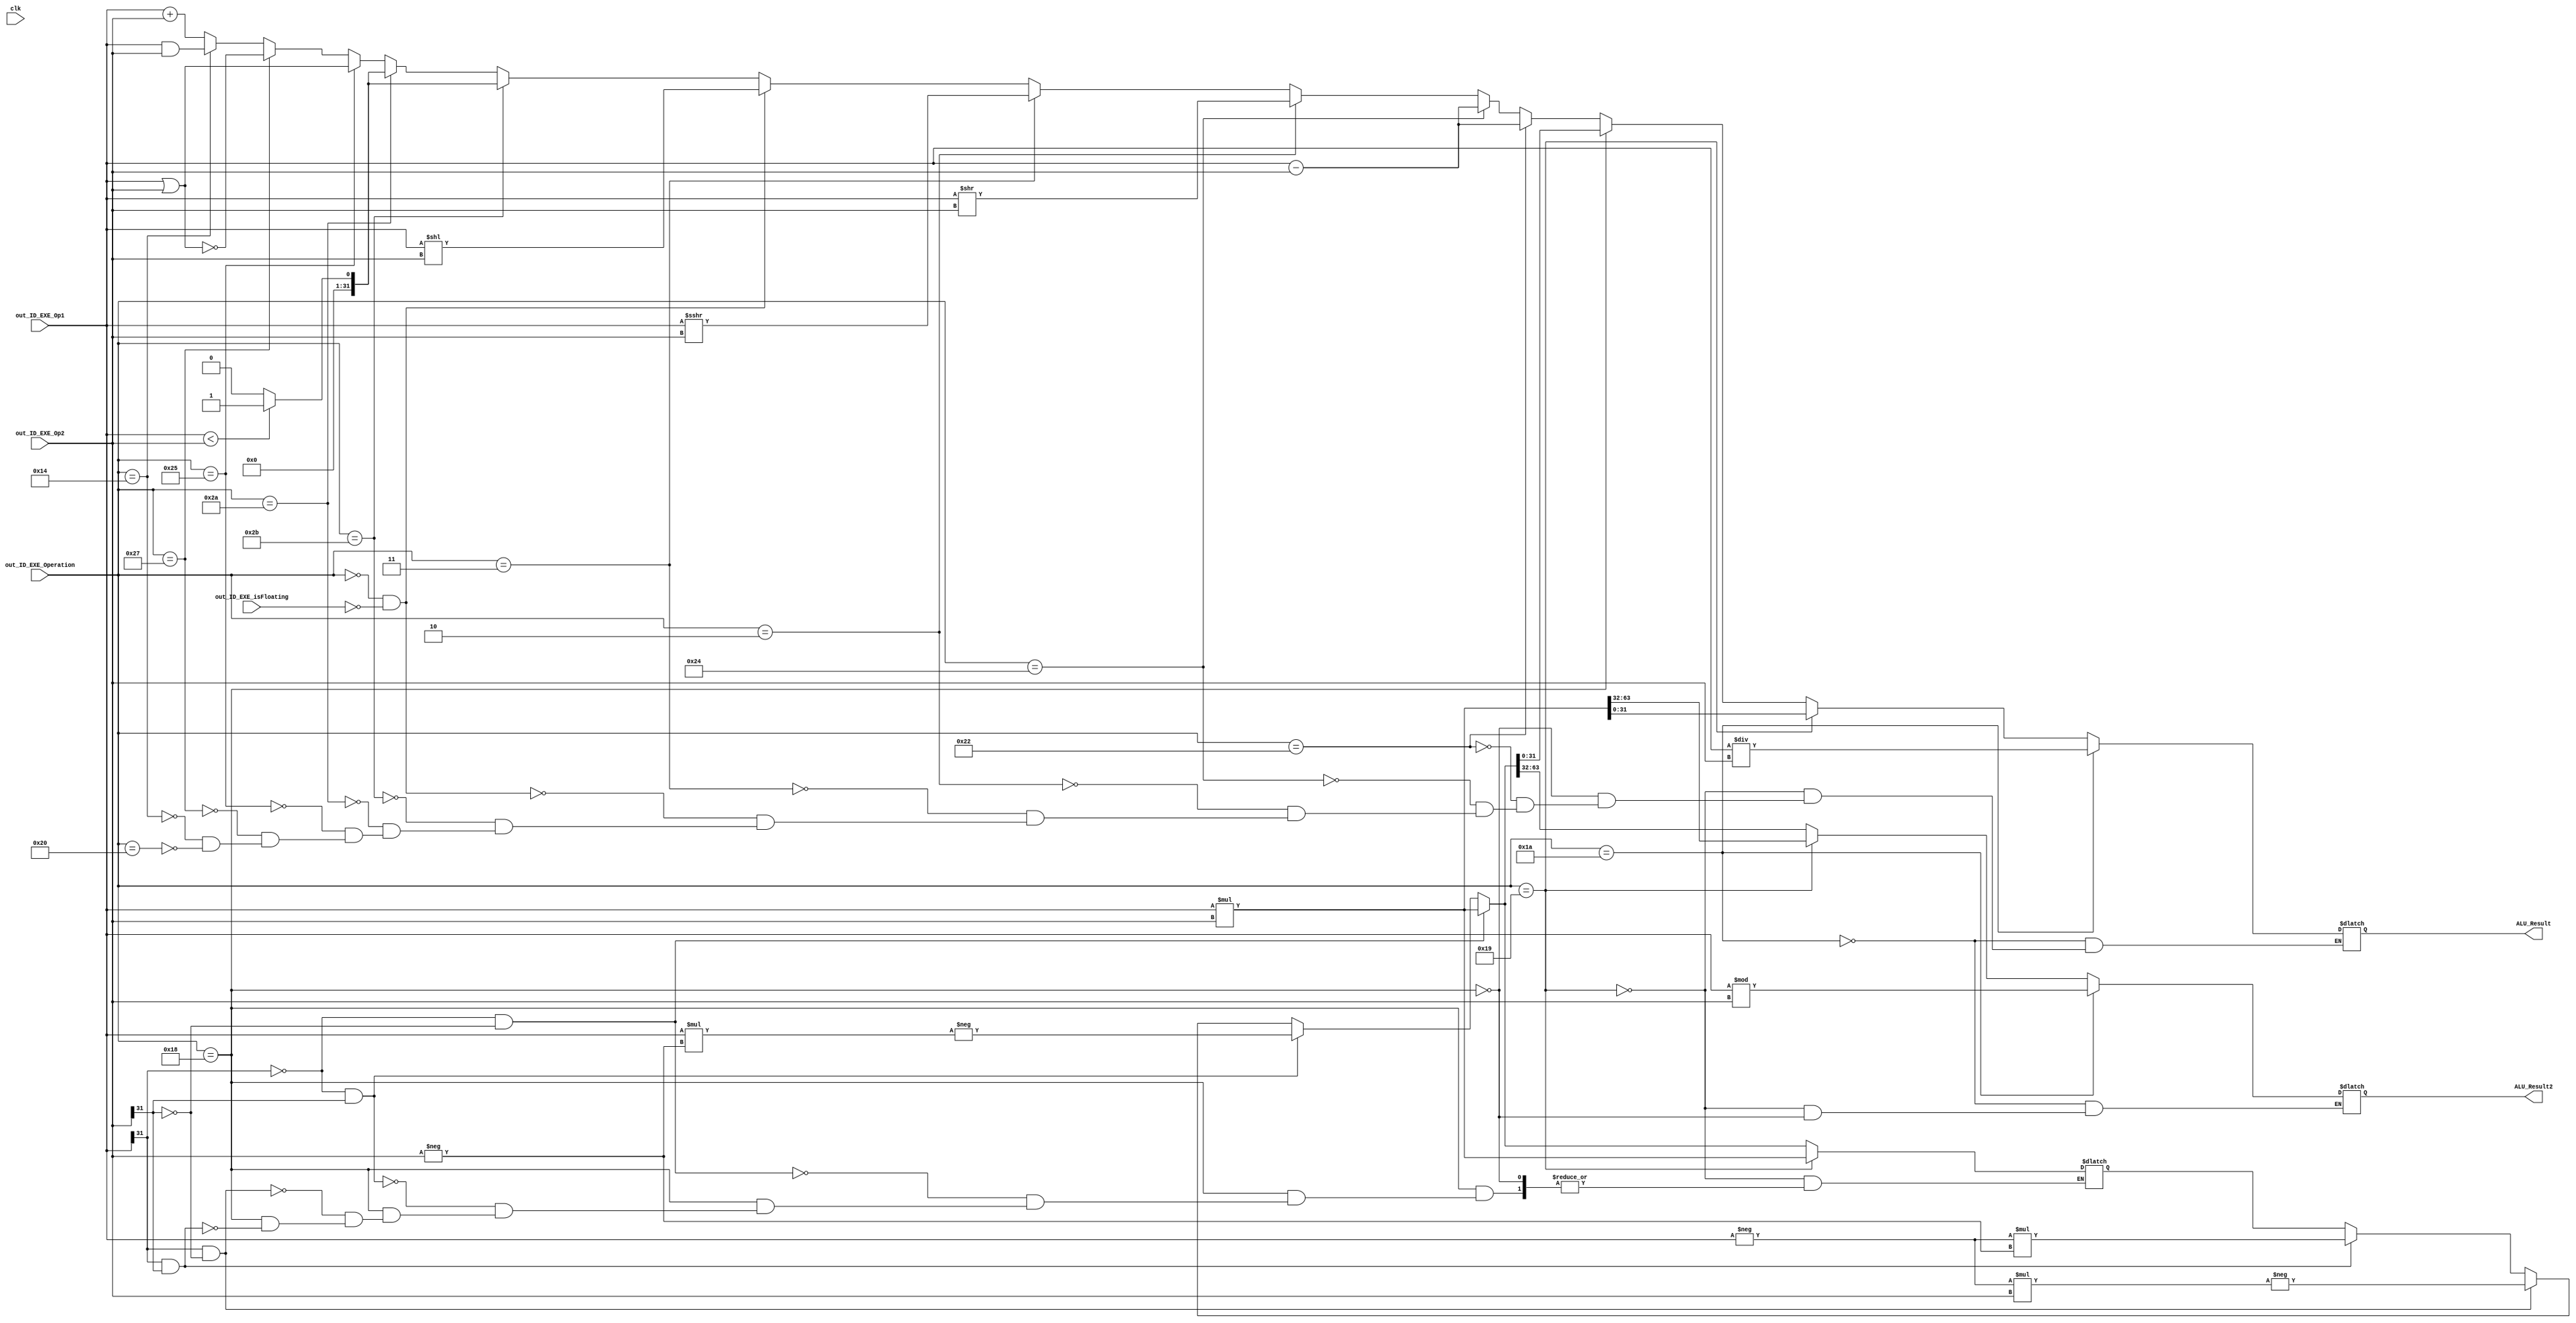
module ALU(
output reg  [31:0]ALU_Result,
output reg  [31:0]ALU_Result2,
input [31:0]out_ID_EXE_Op1,
input [31:0]out_ID_EXE_Op2,
input[5:0]out_ID_EXE_Operation,
input out_ID_EXE_isFloating,
input clk//not used
);

initial
begin
ALU_Result=0;
ALU_Result2=0;
end

reg signed[63:0] mul_result=0;
reg sign1,sign2;
reg[31:0] op1_To_Pos, op2_To_Pos;
always @( *) 
begin
	//add,addImm,addUnsigned
	if(out_ID_EXE_Operation == 6'b100000)
		ALU_Result = out_ID_EXE_Op1 + out_ID_EXE_Op2;

	//and, and Immediate
	if(out_ID_EXE_Operation == 6'b010100)	
		ALU_Result= out_ID_EXE_Op1 & out_ID_EXE_Op2;
	//nor
	if(out_ID_EXE_Operation == 6'b100111)
		 ALU_Result= ~(out_ID_EXE_Op1 | out_ID_EXE_Op2);

	//or , OR Immediate
	if(out_ID_EXE_Operation == 6'b100101)
		 ALU_Result = out_ID_EXE_Op1 | out_ID_EXE_Op2;

	//SetLessThan 
	if(out_ID_EXE_Operation == 6'b101010) begin
		if(out_ID_EXE_Op1 < out_ID_EXE_Op2)
 			ALU_Result=1;
		else
	 		ALU_Result=0;
	end

 	//SetLessThan Unsingned
	 if(out_ID_EXE_Operation == 6'b101011) begin
		if(out_ID_EXE_Op1 < out_ID_EXE_Op2)
			 ALU_Result=1;
		else
	 		ALU_Result=0;
	end
	
	//Shift left Logical
	if(out_ID_EXE_Operation == 6'b000000  && !out_ID_EXE_isFloating)	
		ALU_Result =out_ID_EXE_Op1<<out_ID_EXE_Op2;

	//shift right Arith.
	if(out_ID_EXE_Operation == 6'b000011) begin //sra
		ALU_Result=out_ID_EXE_Op1 >>> out_ID_EXE_Op2;
	end
	
	//shift right logical
	if(out_ID_EXE_Operation == 6'b000010)
		 ALU_Result=out_ID_EXE_Op1>>out_ID_EXE_Op2;

	//subtract ,sub, rt-rd or rd-rt
	if(out_ID_EXE_Operation == 6'b100100)
		 ALU_Result = out_ID_EXE_Op1 - out_ID_EXE_Op2;

	if(out_ID_EXE_Operation == 6'b100010)
		 ALU_Result= out_ID_EXE_Op1 - out_ID_EXE_Op2;
		 
		 
	if(out_ID_EXE_Operation == 6'b011000)begin //mul
		sign1 = out_ID_EXE_Op1[31];
		sign2 = out_ID_EXE_Op2[31];
		
		if(sign1 && sign2) begin
		   op1_To_Pos = -out_ID_EXE_Op1;
			//op1_To_Pos = op1_To_Pos + 1;
			op2_To_Pos = -out_ID_EXE_Op2;
			//op2_To_Pos = op2_To_Pos + 1;
			mul_result = op1_To_Pos * op2_To_Pos;
		end
		
		if(sign1 && !sign2) begin
		   op1_To_Pos = -out_ID_EXE_Op1;
			//op1_To_Pos = op1_To_Pos + 1;
			op2_To_Pos = out_ID_EXE_Op2;
			//op2_To_Pos = op2_To_Pos + 1;
			mul_result = op1_To_Pos * op2_To_Pos;
			mul_result = -mul_result;
		end
		
		if(!sign1 && sign2) begin
		   op1_To_Pos = out_ID_EXE_Op1;
			//op1_To_Pos = op1_To_Pos + 1;
			op2_To_Pos = -out_ID_EXE_Op2;
			//op2_To_Pos = op2_To_Pos + 1;
			mul_result = op1_To_Pos * op2_To_Pos;
			mul_result = -mul_result;
		end
		
		if(!sign1 && !sign2) begin
			mul_result = out_ID_EXE_Op1 * out_ID_EXE_Op2;
		end
		ALU_Result = mul_result[31:0];
		ALU_Result2 = mul_result[63:32];
		
	end
	
	if(out_ID_EXE_Operation == 6'b011001)begin //multu
		mul_result = out_ID_EXE_Op1 * out_ID_EXE_Op2;
		ALU_Result = mul_result[31:0];
		ALU_Result2 = mul_result[63:32];
	end
	

	if(out_ID_EXE_Operation == 6'b011010)begin //div
		ALU_Result = out_ID_EXE_Op1 / out_ID_EXE_Op2;
		ALU_Result2 = out_ID_EXE_Op1 % out_ID_EXE_Op2;
	end	 	

end
endmodule